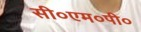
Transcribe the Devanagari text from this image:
सी०एम०पी०